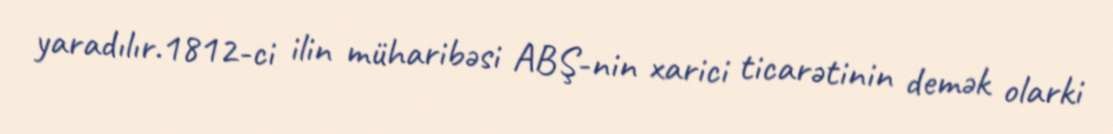
yaradılır.1812-ci ilin müharibəsi ABŞ-nin xarici ticarətinin demək olarki